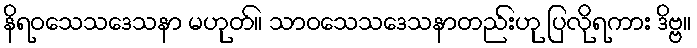
နိရဝသေသဒေသနာ မဟုတ်။ သာဝသေသဒေသနာတည်းဟု ပြလိုရကား ဒိဗ္ဗ။